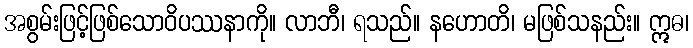
အစွမ်းဖြင့်ဖြစ်သောဝိပဿနာကို။ လာဘီ၊ ရသည်။ နဟောတိ၊ မဖြစ်သနည်း။ ဣဓ၊